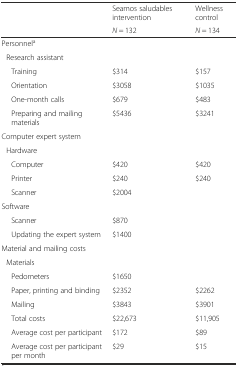
<table><thead><tr><td></td><td><b>Seamos saludables intervention</b></td><td><b>Wellness control</b></td></tr><tr><td></td><td><b><i>N</i> = 132</b></td><td><b><i>N</i> = 134</b></td></tr></thead><tbody><tr><td colspan="3">Personnel<sup>a</sup></td></tr><tr><td>Research assistant</td><td></td><td></td></tr><tr><td>Training</td><td>$314</td><td>$157</td></tr><tr><td>Orientation</td><td>$3058</td><td>$1035</td></tr><tr><td>One-month calls</td><td>$679</td><td>$483</td></tr><tr><td>Preparing and mailing materials</td><td>$5436</td><td>$3241</td></tr><tr><td colspan="3">Computer expert system</td></tr><tr><td>Hardware</td><td></td><td></td></tr><tr><td>Computer</td><td>$420</td><td>$420</td></tr><tr><td>Printer</td><td>$240</td><td>$240</td></tr><tr><td>Scanner</td><td>$2004</td><td></td></tr><tr><td colspan="3">Software</td></tr><tr><td>Scanner</td><td>$870</td><td></td></tr><tr><td>Updating the expert system</td><td>$1400</td><td></td></tr><tr><td>Material and mailing costs</td><td></td><td></td></tr><tr><td>Materials</td><td></td><td></td></tr><tr><td>Pedometers</td><td>$1650</td><td></td></tr><tr><td>Paper, printing and binding</td><td>$2352</td><td>$2262</td></tr><tr><td>Mailing</td><td>$3843</td><td>$3901</td></tr><tr><td>Total costs</td><td>$22,673</td><td>$11,905</td></tr><tr><td>Average cost per participant</td><td>$172</td><td>$89</td></tr><tr><td>Average cost per participant per month</td><td>$29</td><td>$15</td></tr></tbody></table>